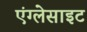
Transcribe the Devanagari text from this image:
एंग्लेसाइट